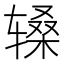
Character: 𬨑